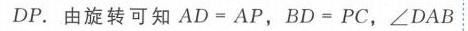
\(DP\). 由旋转可知 \(AD = AP\)，\(BD = PC\)，\(\angle DAB\)